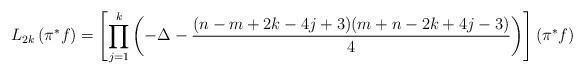
LaTeX: \begin{align*}L_{2k}\left(\pi^\ast f\right) = \left[\prod_{j=1}^k \left(-\Delta - \frac{(n-m+2k-4j+3)(m+n-2k+4j-3)}{4}\right)\right]\left(\pi^\ast f\right)\end{align*}